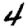
Digit: 4